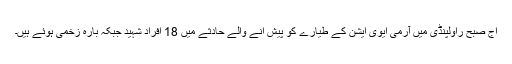
آج صبح راولپنڈی میں آرمی ایوی ایشن کے طیارے کو پیش آنے والے حادثے میں 18 افراد شہید جبکہ بارہ زخمی ہوئے ہیں۔